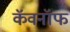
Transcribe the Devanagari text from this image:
कॅवनॉफ